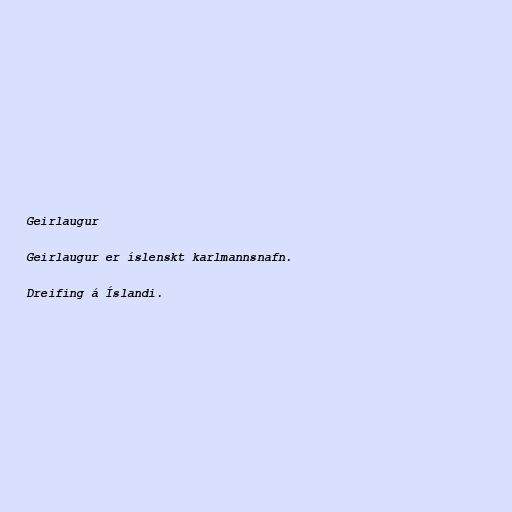
Geirlaugur

Geirlaugur er íslenskt karlmannsnafn.

Dreifing á Íslandi.